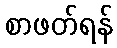
စာဖတ်ရန်